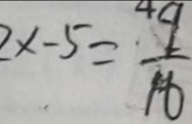
2 x - 5 = \frac { 9 } { 1 6 }